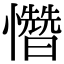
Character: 㦧